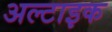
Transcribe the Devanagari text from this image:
अल्टाइक